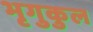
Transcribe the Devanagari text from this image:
भृगुकुल